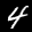
Label: 4